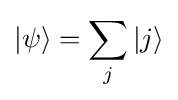
|\psi \rangle =\sum _{j}|j\rangle